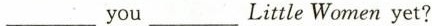
___you___Little Women yet?